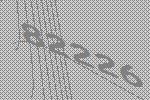
82226